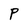
Character: P